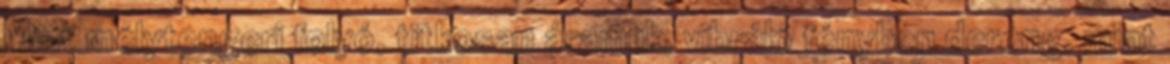
Mint mélytengeri folyó, titkosan áramlik, vibráló fényben dereng, mint